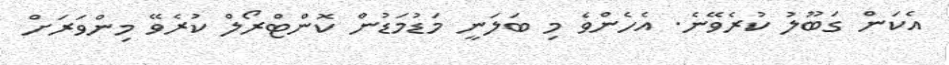
އެކަން ގަބޫލު ކުރެވޭނެ. އެހެންވެ މި ބަލަނީ މަޑުމަޑުން ކޮންޓްރޯލް ކުރެވޭ މިންވަރަށް